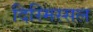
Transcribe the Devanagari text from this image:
दिस्मिस्सल